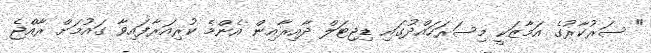
" ސަރުކާރުގެ އަމާޒަކީ މިސަރަހައްދުގައި ޑިޖިޓަލް ދާއިރާއިން އެންމެ ކުރިއަރާފައިވާ ގައުމަށް ރާއްޖެ